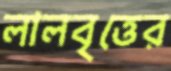
লালবৃত্তের